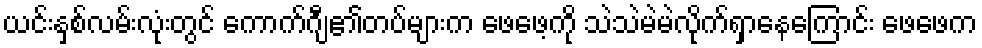
ယင်းနှစ်လမ်းလုံးတွင် ကောက်ဂျီ၏တပ်များက ဖေဖေ့ကို သဲသဲမဲမဲလိုက်ရှာနေကြောင်း ဖေဖေက